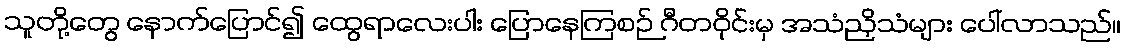
သူတို့တွေ နောက်ပြောင်၍ ထွေရာလေးပါး ပြောနေကြစဉ် ဂီတဝိုင်းမှ အသံညှိသံများ ပေါ်လာသည်။